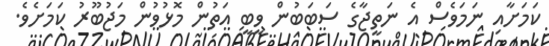
ކަމަށާއި ނަމަވެސް އެ ނަތީޖާގެ ސަބަބުން ވީބީ އަތުން މޮޅުވުން މަޖުބޫރު ކަމަށެވެ.